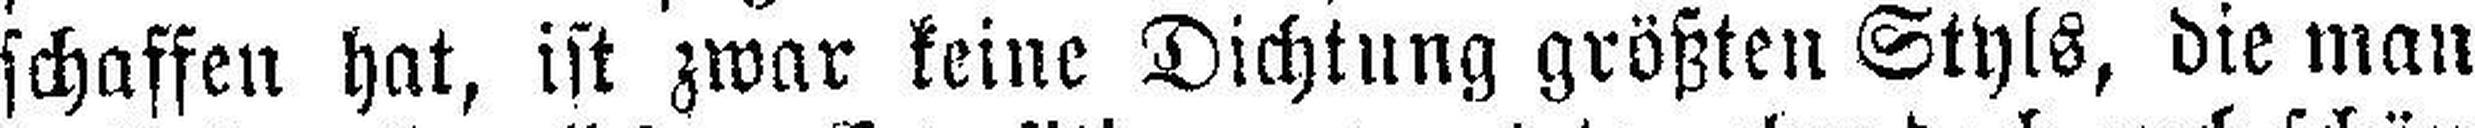
schaffen hat, ist zwar keine Dichtung größten Styls, die man